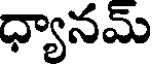
ధ్యానమ్